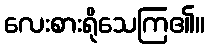
လေးစားရိုသေကြ၏။